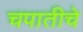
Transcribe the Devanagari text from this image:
चपातीचे